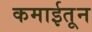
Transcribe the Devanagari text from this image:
कमाईतून